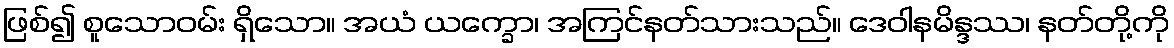
ဖြစ်၍ စူသောဝမ်း ရှိသော။ အယံ ယက္ခော၊ အကြင်နတ်သားသည်။ ဒေဝါနမိန္ဒဿ၊ နတ်တို့ကို